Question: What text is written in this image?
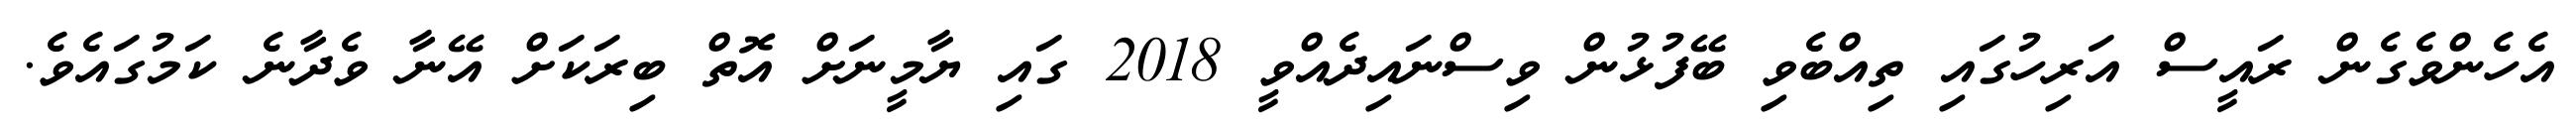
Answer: އެހެންވެގެން ރައީސް އަރިހުގައި ތިއްބެވި ބޭފުޅުން ވިސްނައިދެއްވީ 2018 ގައި ޔާމީނަށް އޮތް ބިރަކަށް އޭނާ ވެދާނެ ކަމުގައެވެ.